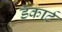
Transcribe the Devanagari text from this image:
डॅकार्ट